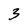
Character: 3